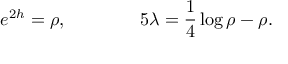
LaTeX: e ^ { 2 h } = \rho , \qquad \qquad 5 \lambda = { \frac { 1 } { 4 } } \log { \rho } - \rho .